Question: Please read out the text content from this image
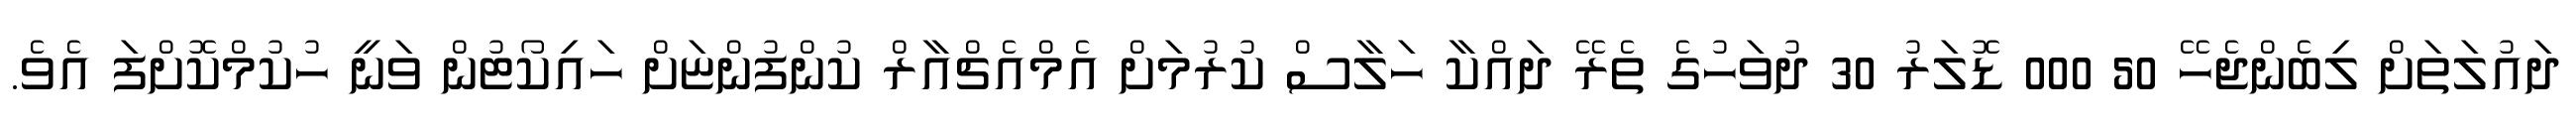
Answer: ދައުލަތަށް ލިބެންޖެހޭ 50 000 ޑޮލަރު 30 ދުވަހުގެ ތެރޭ ދައްކާ ހަލާސް ކުރުމަށް އެމްއެޗްއާރް ކުންފުންޏަށް ހައިކޯޓުން ވަނީ ހުކުމްކޮށްފަ އެވެ.